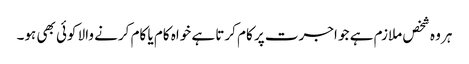
ہر وہ شخص ملازم ہے جو اجرت پر کام کرتا ہے خواہ کام یا کام کرنے والا کوئی بھی ہو۔